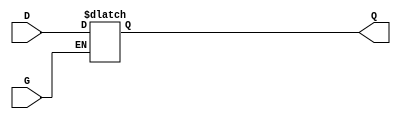
module GatedTransparentLatch (
    input wire D,    // Data input
    input wire G,    // Gate/control input
    output reg Q     // Output
);
    
    always @(*) begin
        if (G) begin
            // If the gate is high, pass the input to the output
            Q = D;
        end
        // When G is low, Q holds its last value (latched state)
    end

endmodule